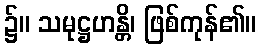
၌။ သမုဋ္ဌဟန္တိ၊ ဖြစ်ကုန်၏။